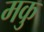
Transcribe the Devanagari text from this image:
मकु